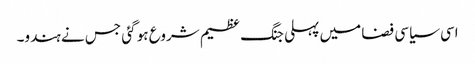
اسی سیاسی فضا میں پہلی جنگ عظیم شروع ہو گئی جس نے ہندو۔